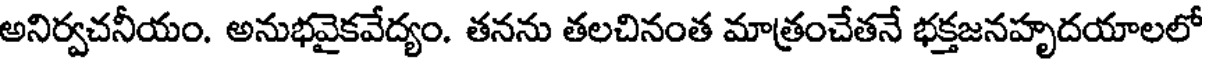
అనిర్వచనీయం. అనుభవైకవేద్యం. తనను తలచినంత మాత్రంచేతనే భక్తజనహృదయాలలో